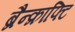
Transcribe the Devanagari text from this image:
ब्रैन्क्राफ्टि